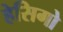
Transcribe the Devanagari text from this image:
हेसिगो